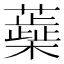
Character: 蘃